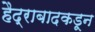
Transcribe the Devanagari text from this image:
हैद्राबादकडून